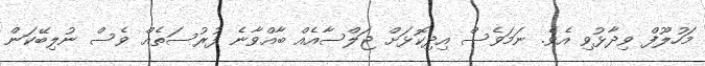
މަހުލޫފް ވިދާޅުވި އެވެ. ނަމަވެސް އިދިކޮޅަށް ޖަލްސާއެއް ބާއްވާނެ ފުރުސަތެއް ވެސް ނުލިބޭކަން